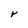
Character: Y